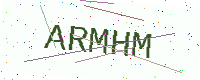
Text: ARMHM